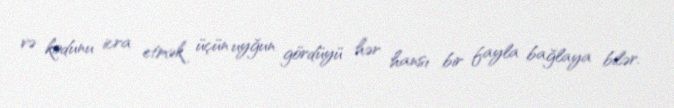
və kodunu icra etmək üçün uyğun gördüyü hər hansı bir fayla bağlaya bilər.